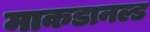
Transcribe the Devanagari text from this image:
माकडानल्ड